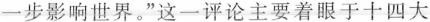
一步影响世界。”这一评论主要着眼于十四大